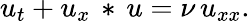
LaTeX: u_{t}+u_{x}\, *\, u=\nu\, u_{xx}.